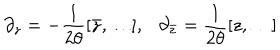
LaTeX: \partial _ { z } = - \frac { 1 } { 2 \theta } [ \bar { z } , \ldots ] , \ \ \ \partial _ { \bar { z } } = \frac { 1 } { 2 \theta } [ z , \ldots ]